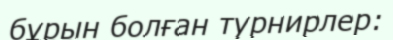
бұрын болған турнирлер: